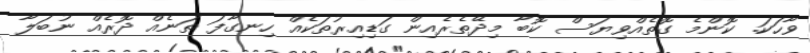
ވާހަކަ. ކޮންމެ ގޮތެއްވިޔަސް ކޮބާ މިދޭތެރެއިން ގަޑިއިރުތަކެއް ހިނގާފަ ތަނެއް ދޮރެއް ނުބަލާ